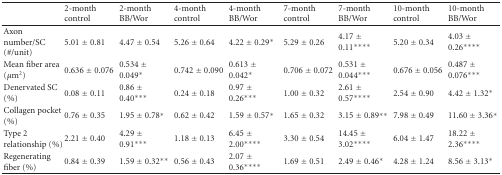
|  | 2-month control | 2-month BB/Wor | 4-month control | 4-month BB/Wor | 7-month control | 7-month BB/Wor | 10-month control | 10-month BB/Wor |
 | --- | --- | --- | --- | --- | --- | --- | --- | --- |
 | Axon number/SC (#/unit) | 5.01 ± 0.81 | 4.47 ± 0.54 | 5.26 ± 0.64 | 4.22 ± 0.29* | 5.29 ± 0.26 | 4.17 ± 0.11**** | 5.20 ± 0.34 | 4.03 ± 0.26**** |
 | Mean fiber area (μm2) | 0.636 ± 0.076 | 0.534 ± 0.049* | 0.742 ± 0.090 | 0.613 ± 0.042* | 0.706 ± 0.072 | 0.531 ± 0.044*** | 0.676 ± 0.056 | 0.487 ± 0.076*** |
 | Denervated SC (%) | 0.08 ± 0.11 | 0.86 ± 0.40*** | 0.24 ± 0.18 | 0.97 ± 0.26*** | 1.00 ± 0.32 | 2.61 ± 0.57**** | 2.54 ± 0.90 | 4.42 ± 1.32* |
 | Collagen pocket (%) | 0.76 ± 0.35 | 1.95 ± 0.78* | 0.62 ± 0.42 | 1.59 ± 0.57* | 1.65 ± 0.32 | 3.15 ± 0.89** | 7.98 ± 0.49 | 11.60 ± 3.36* |
 | Type 2 relationship (%) | 2.21 ± 0.40 | 4.29 ± 0.91*** | 1.18 ± 0.13 | 6.45 ± 2.00**** | 3.30 ± 0.54 | 14.45 ± 3.02**** | 6.04 ± 1.47 | 18.22 ± 2.36**** |
 | Regenerating fiber (%) | 0.84 ± 0.39 | 1.59 ± 0.32** | 0.56 ± 0.43 | 2.07 ± 0.36**** | 1.69 ± 0.51 | 2.49 ± 0.46* | 4.28 ± 1.24 | 8.56 ± 3.13* |